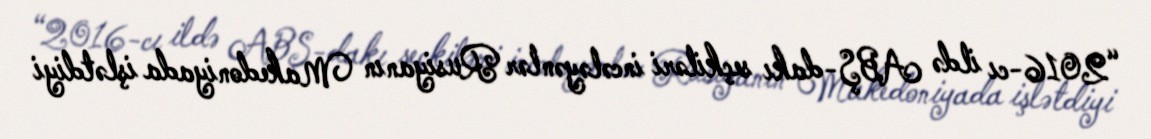
“2016-cı ildə ABŞ-dakı seçkiləri incələyənlər Rusiyanın Makedoniyada işlətdiyi